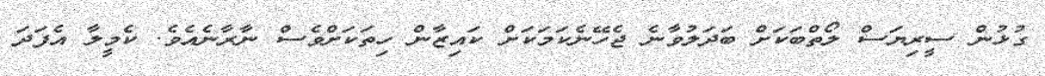
ގުޅުން ސީރިޔަސް ލޯތްބަކަށް ބަދަލުވާނެ ޖެހޭނެކަމަކަށް ކައިޒާން ހިތަކަށްވެސް ނާރާނެއެވެ. ކެމީލާ އެފަދަ